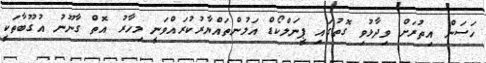
ހަސަން އިތުރަށް ވިދާޅުވި ގޮތުގައި ޕީނަލްކޯޑް އަލުންތައްޔާރުކުރައްވަނީ މިހާރު އޮތް ގާނޫނު އުގޫބާތަކީ